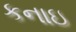
કનાઇ